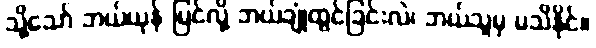
သို့သော် ဘယ်ယုန် မြင်လို့ ဘယ်ချုံထွင်ခြင်းလဲ၊ ဘယ်သူမှ မသိနိုင်။